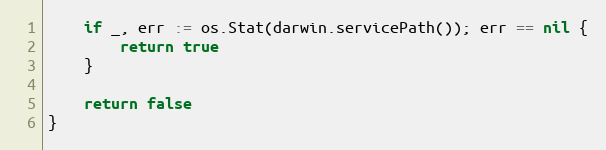
Language: Go
	if _, err := os.Stat(darwin.servicePath()); err == nil {
		return true
	}

	return false
}